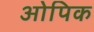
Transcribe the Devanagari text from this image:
ओपिक